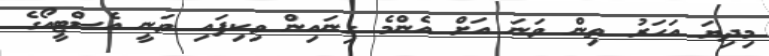
މިދިޔަ އަހަރު ތިން ވަނަ އަށް އެންމެ ގިނައިން ވިކިފައި ވަނީ އެސްޓީއޯގެ